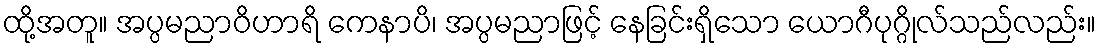
ထို့အတူ။ အပ္ပမညာဝိဟာရိ ကေနာပိ၊ အပ္ပမညာဖြင့် နေခြင်းရှိသော ယောဂီပုဂ္ဂိုလ်သည်လည်း။